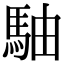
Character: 駎